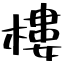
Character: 樓